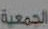
الجمعية